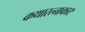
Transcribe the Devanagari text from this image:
कथारत्नाकार